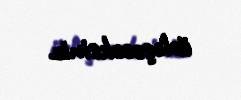
üzləşəcəksiniz.